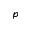
p